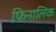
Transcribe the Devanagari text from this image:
फिनालिक